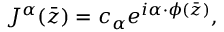
J ^ { \alpha } ( \bar { z } ) = c _ { \alpha } e ^ { i \alpha \cdot \phi ( \bar { z } ) } ,